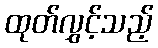
ထုတ်လွှင့်သည့်